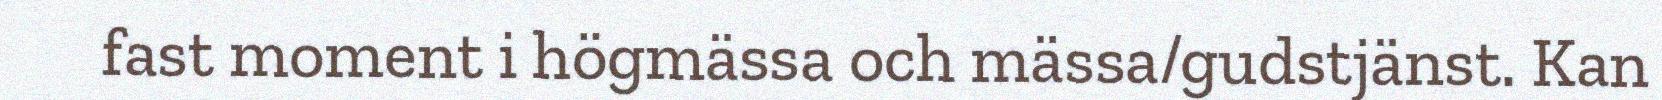
fast moment i högmässa och mässa/gudstjänst. Kan